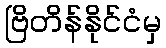
ဗြိတိန်နိုင်ငံမှ